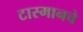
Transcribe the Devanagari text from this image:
टास्मानचे